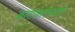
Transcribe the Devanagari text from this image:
कलाकारांमधले